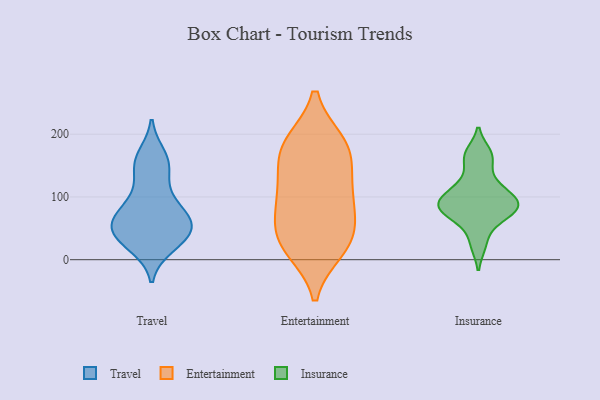
{"axis": {"x": "Satisfaction Score", "y": "Value"}, "legend": ["Entertainment", "Insurance", "Travel"], "data": [{"x": "", "y": 145, "type": "Travel"}, {"x": "", "y": 27, "type": "Travel"}, {"x": "", "y": 38, "type": "Travel"}, {"x": "", "y": 64, "type": "Travel"}, {"x": "", "y": 36, "type": "Travel"}, {"x": "", "y": 40, "type": "Travel"}, {"x": "", "y": 52, "type": "Travel"}, {"x": "", "y": 73, "type": "Travel"}, {"x": "", "y": 98, "type": "Travel"}, {"x": "", "y": 157, "type": "Travel"}, {"x": "", "y": 22, "type": "Travel"}, {"x": "", "y": 150, "type": "Travel"}, {"x": "", "y": 101, "type": "Travel"}, {"x": "", "y": 62, "type": "Travel"}, {"x": "", "y": 66, "type": "Travel"}, {"x": "", "y": 58, "type": "Travel"}, {"x": "", "y": 165, "type": "Travel"}, {"x": "", "y": 34, "type": "Entertainment"}, {"x": "", "y": 185, "type": "Entertainment"}, {"x": "", "y": 119, "type": "Entertainment"}, {"x": "", "y": 18, "type": "Entertainment"}, {"x": "", "y": 33, "type": "Entertainment"}, {"x": "", "y": 87, "type": "Entertainment"}, {"x": "", "y": 185, "type": "Entertainment"}, {"x": "", "y": 170, "type": "Entertainment"}, {"x": "", "y": 169, "type": "Entertainment"}, {"x": "", "y": 30, "type": "Entertainment"}, {"x": "", "y": 109, "type": "Entertainment"}, {"x": "", "y": 81, "type": "Entertainment"}, {"x": "", "y": 107, "type": "Insurance"}, {"x": "", "y": 81, "type": "Insurance"}, {"x": "", "y": 88, "type": "Insurance"}, {"x": "", "y": 99, "type": "Insurance"}, {"x": "", "y": 87, "type": "Insurance"}, {"x": "", "y": 124, "type": "Insurance"}, {"x": "", "y": 169, "type": "Insurance"}, {"x": "", "y": 76, "type": "Insurance"}, {"x": "", "y": 64, "type": "Insurance"}, {"x": "", "y": 161, "type": "Insurance"}, {"x": "", "y": 25, "type": "Insurance"}]}